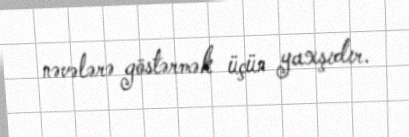
nəvələrə göstərmək üçün yaxşıdır.